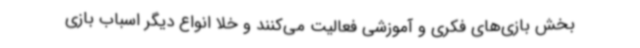
بخش بازی‌های فکری و آموزشی فعالیت می‌کنند و خلا انواع دیگر اسباب بازی